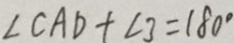
\angle C A D + \angle 3 = 1 8 0 ^ { \circ }